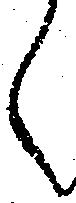
く